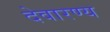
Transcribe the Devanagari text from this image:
देवारण्य